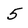
Character: 5